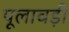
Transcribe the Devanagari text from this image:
पूलावड़ी